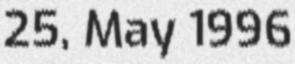
25, May 1996